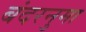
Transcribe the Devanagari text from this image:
बंदरनुमा